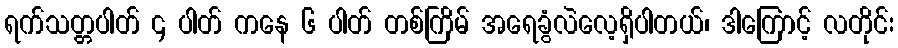
ရက်သတ္တပါတ် ၄ ပါတ် ကနေ ၆ ပါတ် တစ်ကြိမ် အရေခွံလဲလေ့ရှိပါတယ်၊ ဒါကြောင့် လတိုင်း